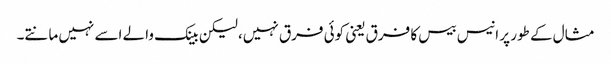
مثال کے طور پر انیس بیس کا فرق یعنی کوئی فرق نہیں، لیکن بینک والے اسے نہیں مانتے۔